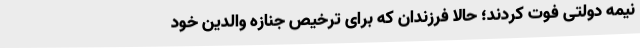
نیمه دولتی فوت کردند؛ حالا فرزندان که برای ترخیص جنازه والدین خود